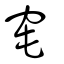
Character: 窀